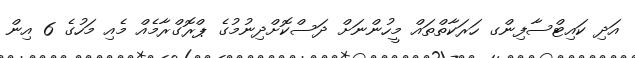
އަދި ކައިޓްސާފިންގ ހަރަކާތްތައް މީހުންނަށް ދަސްކޮށްދިނުމުގެ ޕްރޮގްރާމެއް މެއި މަހުގެ 6 އިން